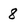
Character: 8